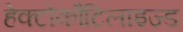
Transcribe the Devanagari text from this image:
हेक्टोकौटिलाइज्ड